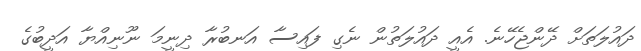
ދައުލަތަށް ދޭންޖެހޭނެ. އެއީ ދައުލަތުން ނެގި ފައިސާ އަނބުރާ ދިނީމަ ނޫނިއްޔާ އަދީބުގެ